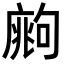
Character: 𢊙